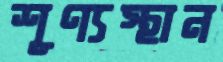
শূণ্যস্থান